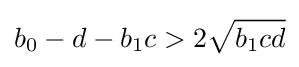
b_{0}-d-b_{1}c>2{\sqrt {b_{1}cd}}